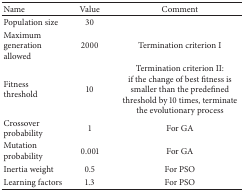
| Name | Value | Comment |
 | --- | --- | --- |
 | Population size | 30 |  |
 | Maximum generation allowed | 2000 | Termination criterion I |
 | Fitness threshold | 10 | Termination criterion II:if the change of best fitness is smaller than the predefined threshold by 10 times, terminate the evolutionary process |
 | Crossover probability | 1 | For GA |
 | Mutation probability | 0.001 | For GA |
 | Inertia weight | 0.5 | For PSO |
 | Learning factors | 1.3 | For PSO |